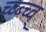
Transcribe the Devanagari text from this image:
च्व्ब्च्व्